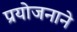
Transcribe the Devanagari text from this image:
प्रयोजनाने